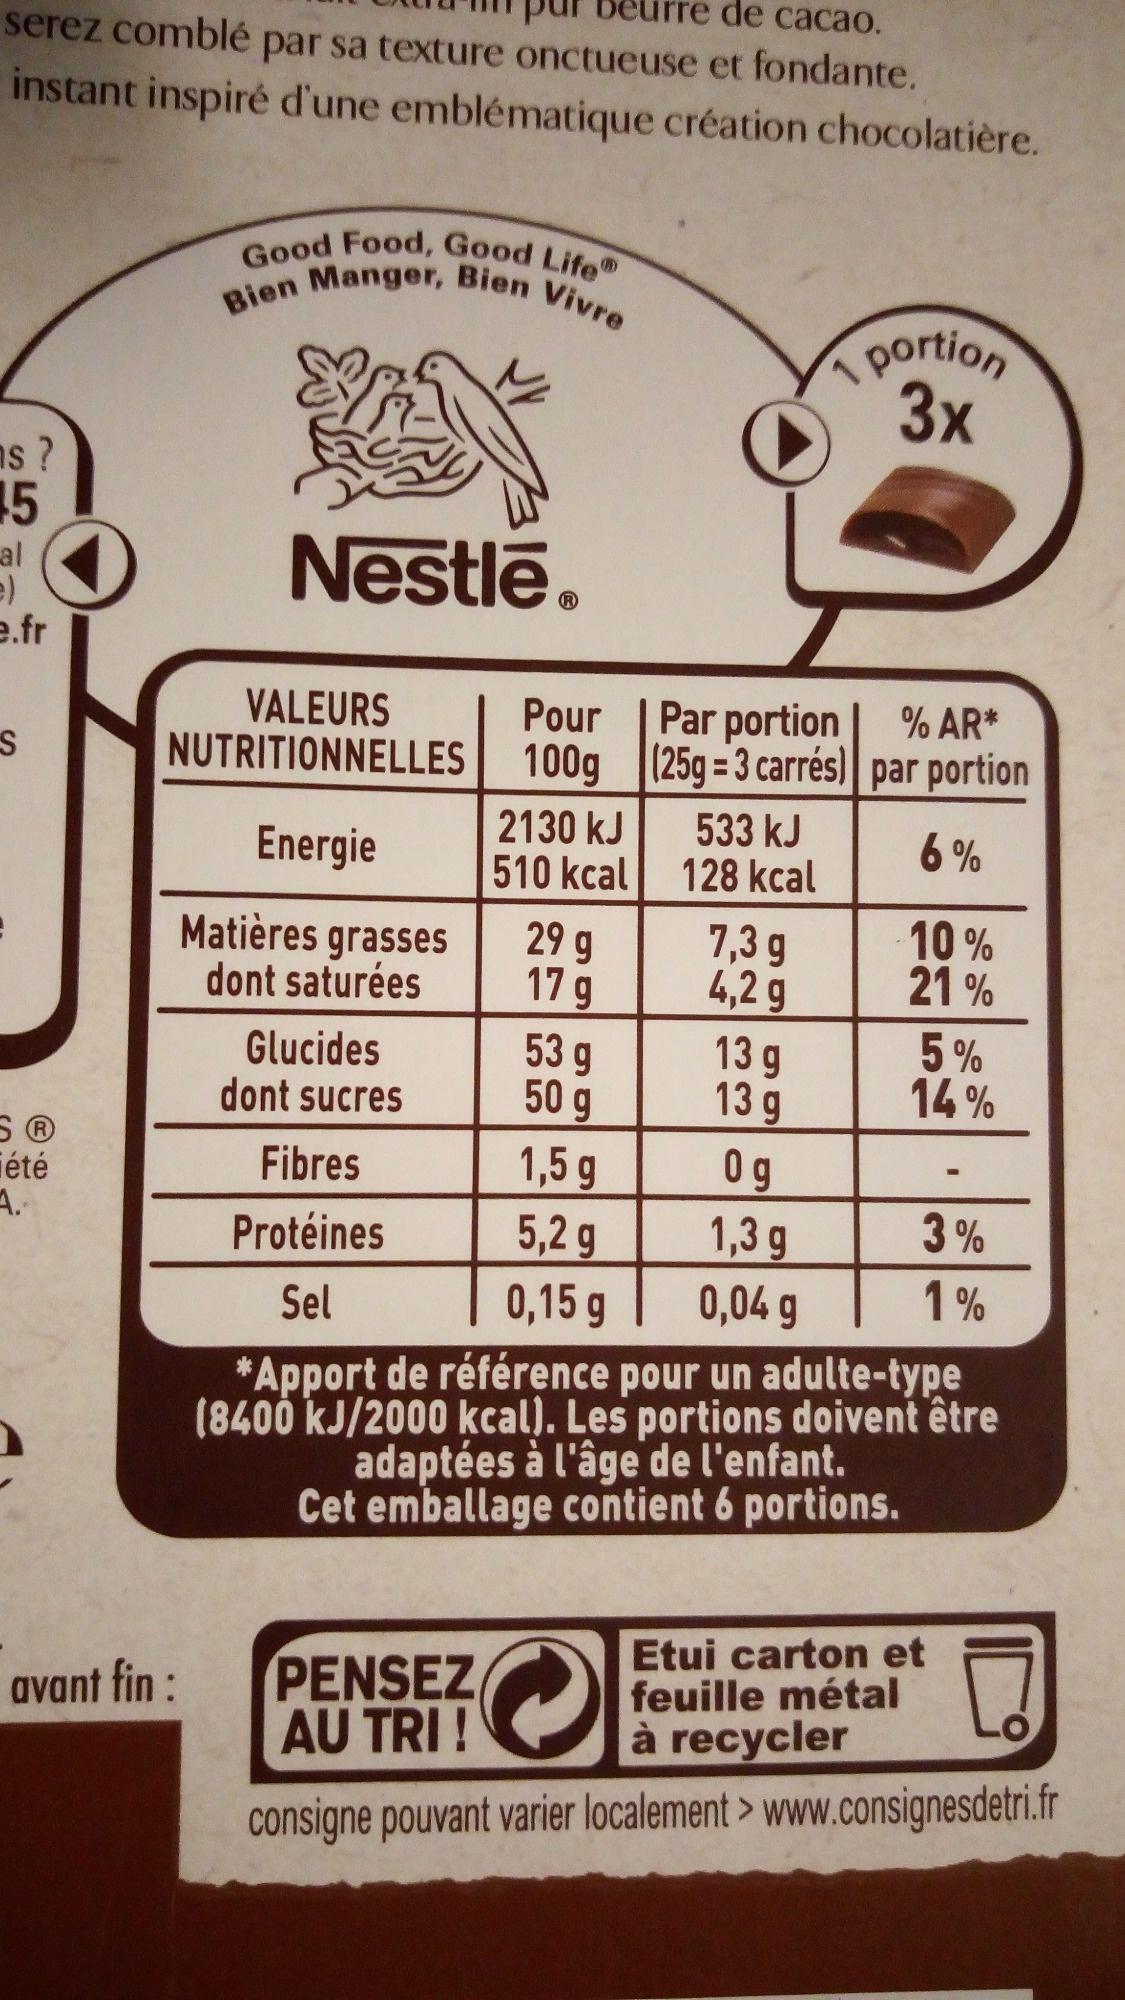
de cacao.
serez comblé par sa texture onctueuse et fondante. instant inspiré d'une emblématique création chocolatière.
s?
15
al e)
e.fr
S
été
A.
Good Food, Good Life Manger, Bien Vivre
Bien
avant fin :
Nestlé®
VALEURS NUTRITIONNELLES
Energie
Matières grasses dont saturées
Glucides dont sucres
2130 kJ
510 kcal
PENSEZ AU TRI!
% AR*
Pour Par portion (25g=3 carrés) par portion
100g
6%
29 g
17 g
53 g
50 g
1,5 g
5,2 g
0,15 g
533 kJ
128 kcal
7,3 g
4,2 g
1
13 g
13 g
portion 3x
10%
21%
5%
14%
Fibres
Og
Protéines
1,3 g
Sel
0,04 g
*Apport de référence pour un adulte-type (8400 kJ/2000 kcal). Les portions doivent être adaptées à l'âge de l'enfant. Cet emballage contient 6 portions.
3%
1%
Etui carton et feuille métal à recycler
consigne pouvant varier localement > www.consignesdetri.fr